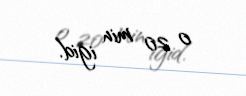
o 20 min igid.